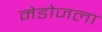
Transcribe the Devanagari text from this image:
मेडोजला